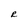
Character: R